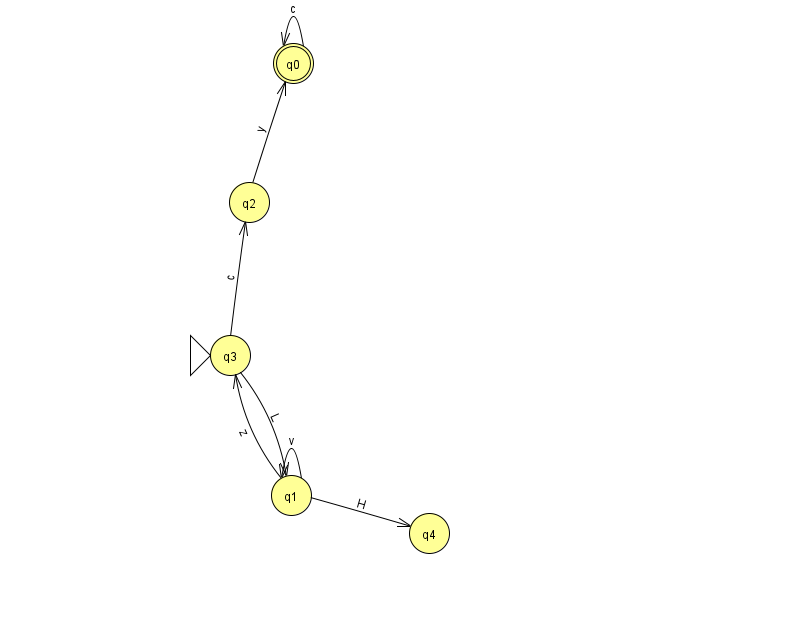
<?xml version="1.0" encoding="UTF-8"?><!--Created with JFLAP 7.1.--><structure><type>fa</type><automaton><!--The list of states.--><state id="0" name="q0"><x>293.0</x><y>50.0</y><final/></state><state id="1" name="q1"><x>291.0</x><y>482.0</y></state><state id="2" name="q2"><x>249.0</x><y>189.0</y></state><state id="3" name="q3"><x>230.0</x><y>342.0</y><initial/></state><state id="4" name="q4"><x>429.0</x><y>520.0</y></state><!--The list of transitions.--><transition><from>1</from><to>3</to><read>z</read></transition><transition><from>1</from><to>4</to><read>H</read></transition><transition><from>0</from><to>0</to><read>c</read></transition><transition><from>3</from><to>1</to><read>L</read></transition><transition><from>1</from><to>1</to><read>v</read></transition><transition><from>2</from><to>0</to><read>y</read></transition><transition><from>3</from><to>2</to><read>c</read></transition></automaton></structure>